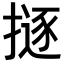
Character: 𢴊